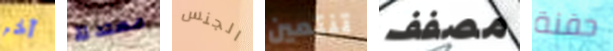
آخر معتدلة الجنس تنتمين مصفف حفنة